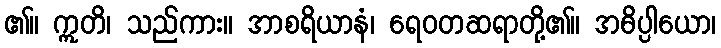
၏။ ဣတိ၊ သည်ကား။ အာစရိယာနံ၊ ရေဝတဆရာတို့၏။ အဓိပ္ပါယော၊